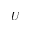
U